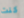
كنت